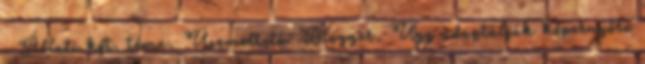
. Állati kft. téma. Üzemeltető: Blogger. Úgy adaptálják képernyőre